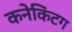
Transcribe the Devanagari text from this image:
कनेकिंटग